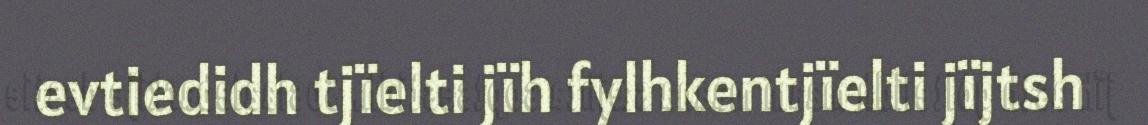
evtiedidh tjïelti jïh fylhkentjïelti jïjtsh